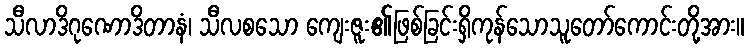
သီလာဒိဂုဏောဒိတာနံ၊ သီလစသော ကျေးဇူး၏ဖြစ်ခြင်းရှိကုန်သောသူတော်ကောင်းတို့အား။